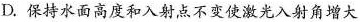
D.保持水面高度和入射点不变使激光入射角增大